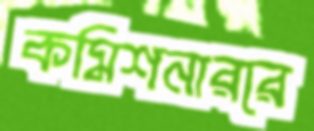
কমিশনাররে